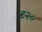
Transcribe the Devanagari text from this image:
ट२०